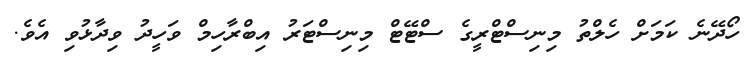
ހޯދޭނެ ކަމަށް ހެލްތު މިނިސްޓްރީގެ ސްޓޭޓް މިނިސްޓަރު އިބްރާހިމް ވަހީދު ވިދާޅުވި އެވެ.